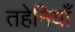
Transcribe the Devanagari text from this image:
तहेनियाँ